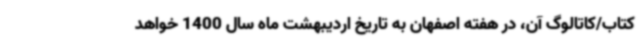
کتاب/کاتالوگ آن، در هفته اصفهان به تاریخ اردیبهشت ماه سال 1400 خواهد